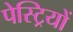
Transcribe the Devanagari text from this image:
पेस्ट्रियों